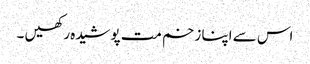
اس سے اپنا زخم مت پوشیدہ رکھیں ۔